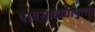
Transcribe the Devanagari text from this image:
पावसाळ्यापुरता